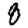
Digit: 8